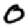
Digit: 0